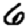
Digit: 6